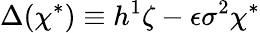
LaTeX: \Delta(\chi^{*})\equiv h^{1}\zeta-\epsilon\sigma^{2}\chi^{*}